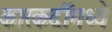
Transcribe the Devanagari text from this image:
कारकर्दीमध्ये